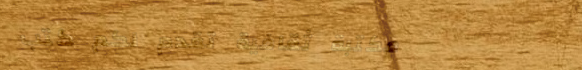
مكتبة ثقافية تقدم لكم كتب